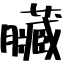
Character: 臟